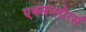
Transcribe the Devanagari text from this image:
एक्सप्लोरर्स